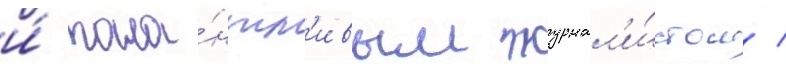
и́ тала́нтл'ивым журнал'и́стом /